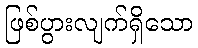
ဖြစ်ပွားလျက်ရှိသော